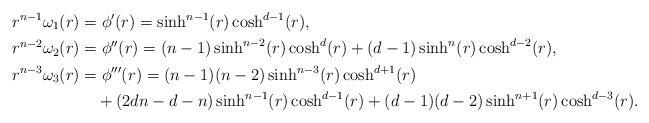
LaTeX: \begin{align*}r^{n-1}\omega_1(r)&=\phi'(r)=\sinh^{n-1}(r)\cosh^{d-1}(r),\\r^{n-2}\omega_2(r)&=\phi''(r)=(n-1)\sinh^{n-2}(r)\cosh^{d}(r)+(d-1)\sinh^n(r)\cosh^{d-2}(r),\\r^{n-3}\omega_3(r)&=\phi'''(r)=(n-1)(n-2)\sinh^{n-3}(r)\cosh^{d+1}(r)\\&\quad+(2dn-d-n)\sinh^{n-1}(r)\cosh^{d-1}(r)+(d-1)(d-2)\sinh^{n+1}(r)\cosh^{d-3}(r). \end{align*}